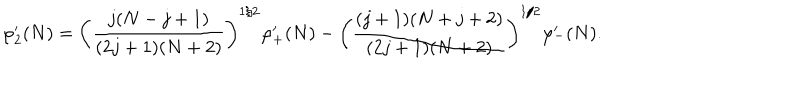
\varphi _ { 2 } ^ { \prime } ( N ) = \left( \frac { j ( N - j + 1 ) } { ( 2 j + 1 ) ( N + 2 ) } \right) ^ { 1 / 2 } \varphi _ { + } ^ { \prime } ( N ) - \left( \frac { ( j + 1 ) ( N + j + 2 ) } { ( 2 j + 1 ) ( N + 2 ) } \right) ^ { 1 / 2 } \varphi _ { - } ^ { \prime } ( N ) .